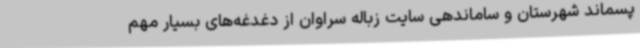
پسماند شهرستان و ساماندهی سایت زباله سراوان از دغدغه‌های بسیار مهم